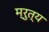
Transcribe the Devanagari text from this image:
म्रुत्य